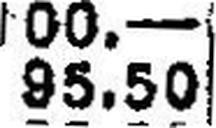
95.50